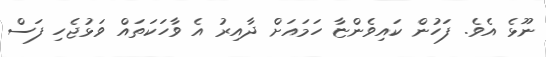
ނޫޅެ އެވެ. ފަހުން ކައިވެންޏާ ހަމައަށް ދާއިރު އެ ވާހަކަތައް ވަޅުޖެހި ފަސް